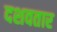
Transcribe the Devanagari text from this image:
दशवतार